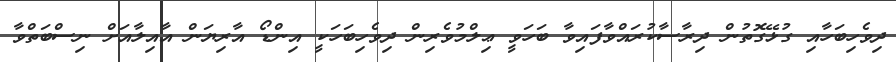
ދިވެހިބަހާއި ގުޅޭގޮތުން ދިރާސާކުރައްވާފައިވާ ބަހަވީ ޢިލްމުވެރިން ދިވެހިބަހަކީ އިންޑޯ އާރިޔަން އާއިލާއަށް ނިސްބަތްވާ